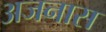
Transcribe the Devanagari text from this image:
अजनास